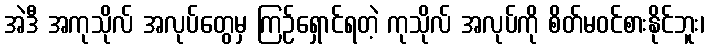
အဲဒီ အကုသိုလ် အလုပ်တွေမှ ကြဉ်ရှောင်ရတဲ့ ကုသိုလ် အလုပ်ကို စိတ်မဝင်စားနိုင်ဘူး၊